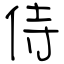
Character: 侍